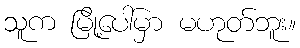
သူက မြို့ပေါ်မှာ မဟုတ်ဘူး။